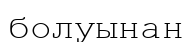
болуынан